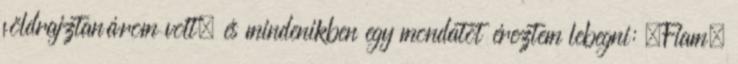
földrajztanárom volt, és mindenikben egy mondatot éreztem lebegni: „Fiam,